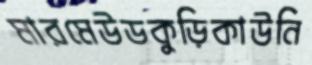
মারমেউডকুড়িকাউনি